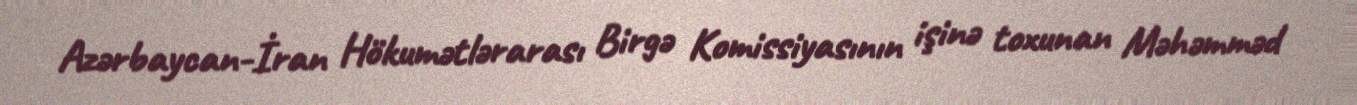
Azərbaycan-İran Hökumətlərarası Birgə Komissiyasının işinə toxunan Məhəmməd